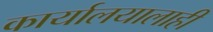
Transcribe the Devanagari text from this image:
कार्यालयालाही